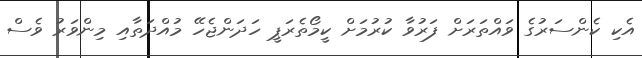
އެކި ކެންސަރުގެ ވައްތަރަށް ފަރުވާ ކުރުމަށް ކީމޯތެރަޕީ ހަދަންޖެހޭ މުއްދަތާއި މިންވަރު ވެސް